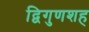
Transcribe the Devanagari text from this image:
द्विगुणशह